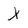
Character: X